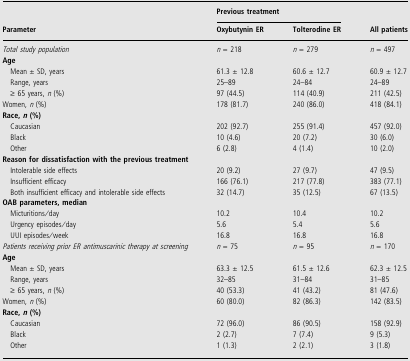
<table><thead><tr><td></td><td colspan="2"><b>Previous treatment</b></td><td></td></tr><tr><td><b>Parameter</b></td><td><b>Oxybutynin ER</b></td><td><b>Tolterodine ER</b></td><td><b>All patients</b></td></tr></thead><tbody><tr><td><i>Total study population</i></td><td><i>n</i>= 218</td><td><i>n</i>= 279</td><td><i>n</i>= 497</td></tr><tr><td colspan="4"><b>Age</b></td></tr><tr><td>Mean ± SD, years</td><td>61.3 ± 12.8</td><td>60.6 ± 12.7</td><td>60.9 ± 12.7</td></tr><tr><td>Range, years</td><td>25–89</td><td>24–84</td><td>24–89</td></tr><tr><td>≥ 65 years, <i>n</i> (%)</td><td>97 (44.5)</td><td>114 (40.9)</td><td>211 (42.5)</td></tr><tr><td>Women, <i>n</i> (%)</td><td>178 (81.7)</td><td>240 (86.0)</td><td>418 (84.1)</td></tr><tr><td colspan="4"><b>Race, <i>n</i> (%)</b></td></tr><tr><td>Caucasian</td><td>202 (92.7)</td><td>255 (91.4)</td><td>457 (92.0)</td></tr><tr><td>Black</td><td>10 (4.6)</td><td>20 (7.2)</td><td>30 (6.0)</td></tr><tr><td>Other</td><td>6 (2.8)</td><td>4 (1.4)</td><td>10 (2.0)</td></tr><tr><td colspan="4"><b>Reason for dissatisfaction with the previous treatment</b></td></tr><tr><td>Intolerable side effects</td><td>20 (9.2)</td><td>27 (9.7)</td><td>47 (9.5)</td></tr><tr><td>Insufficient efficacy</td><td>166 (76.1)</td><td>217 (77.8)</td><td>383 (77.1)</td></tr><tr><td>Both insufficient efficacy and intolerable side effects</td><td>32 (14.7)</td><td>35 (12.5)</td><td>67 (13.5)</td></tr><tr><td colspan="4"><b>OAB parameters, median</b></td></tr><tr><td>Micturitions/day</td><td>10.2</td><td>10.4</td><td>10.2</td></tr><tr><td>Urgency episodes/day</td><td>5.6</td><td>5.4</td><td>5.6</td></tr><tr><td>UUI episodes/week</td><td>16.8</td><td>16.8</td><td>16.8</td></tr><tr><td><i>Patients receiving prior ER antimuscarinic therapy at screening</i></td><td><i>n</i>= 75</td><td><i>n</i>= 95</td><td><i>n</i>= 170</td></tr><tr><td colspan="4"><b>Age</b></td></tr><tr><td>Mean ± SD, years</td><td>63.3 ± 12.5</td><td>61.5 ± 12.6</td><td>62.3 ± 12.5</td></tr><tr><td>Range, years</td><td>32–85</td><td>31–84</td><td>31–85</td></tr><tr><td>≥ 65 years, <i>n</i> (%)</td><td>40 (53.3)</td><td>41 (43.2)</td><td>81 (47.6)</td></tr><tr><td>Women, <i>n</i> (%)</td><td>60 (80.0)</td><td>82 (86.3)</td><td>142 (83.5)</td></tr><tr><td colspan="4"><b>Race, <i>n</i> (%)</b></td></tr><tr><td>Caucasian</td><td>72 (96.0)</td><td>86 (90.5)</td><td>158 (92.9)</td></tr><tr><td>Black</td><td>2 (2.7)</td><td>7 (7.4)</td><td>9 (5.3)</td></tr><tr><td>Other</td><td>1 (1.3)</td><td>2 (2.1)</td><td>3 (1.8)</td></tr></tbody></table>